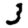
Digit: 3